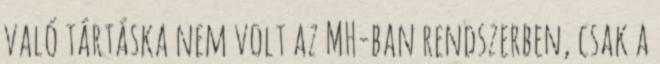
való tártáska nem volt az MH-ban rendszerben, csak a